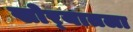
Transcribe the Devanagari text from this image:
खोर्‍यातला